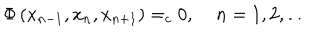
\Phi \left( x _ { n - 1 } , x _ { n } , x _ { n + 1 } \right) = _ { c } 0 , \; n = 1 , 2 , \ldots